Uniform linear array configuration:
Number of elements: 12
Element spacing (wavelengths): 0.5
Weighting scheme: exponential
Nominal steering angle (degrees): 0
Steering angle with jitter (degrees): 0.4159
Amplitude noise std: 0.05
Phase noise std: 0.05

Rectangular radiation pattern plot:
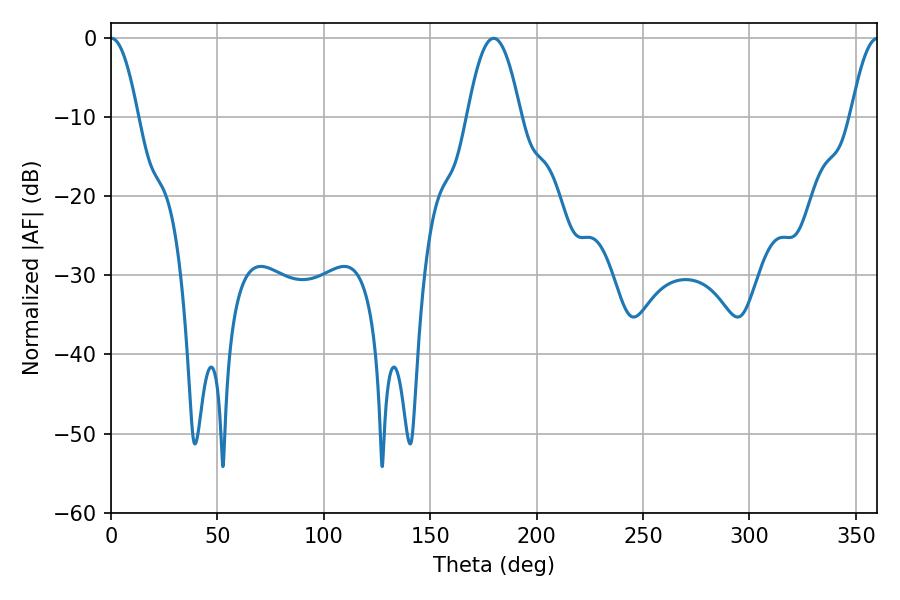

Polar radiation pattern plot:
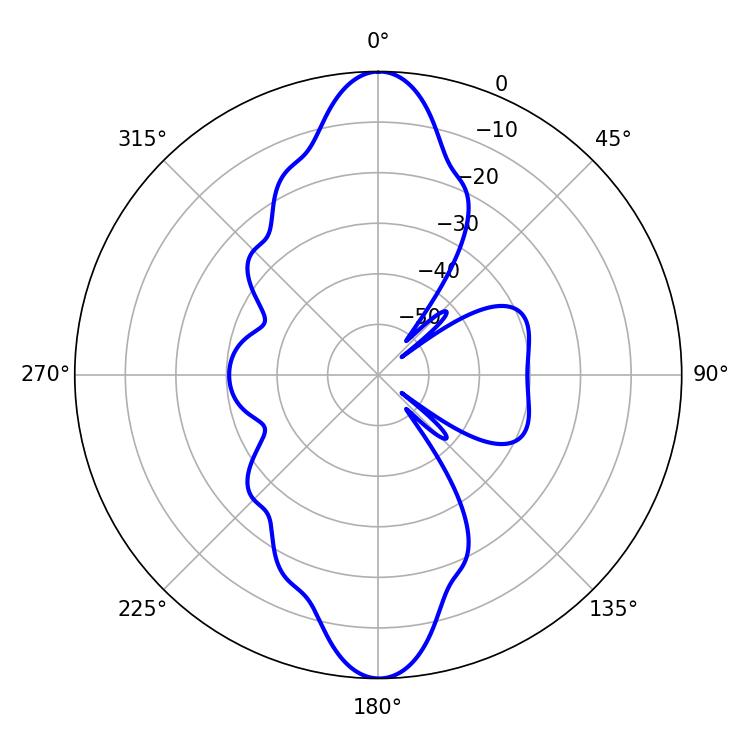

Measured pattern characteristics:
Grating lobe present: FALSE
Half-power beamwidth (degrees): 7.02
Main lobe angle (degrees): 0.18